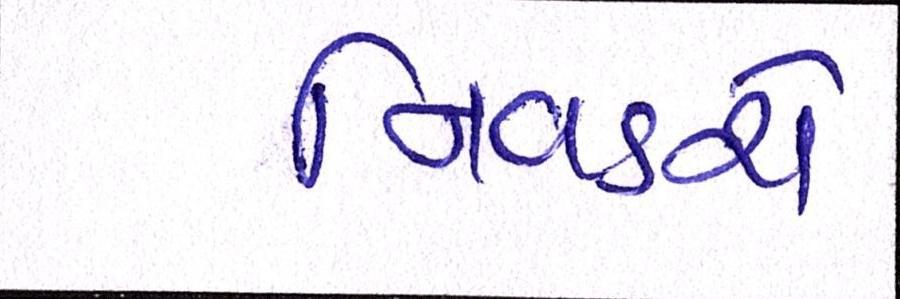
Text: નિવડશે